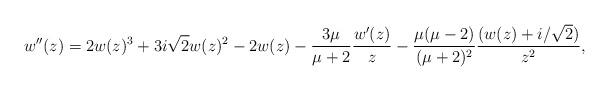
LaTeX: \begin{align*} w''(z)=2w(z)^3+3i\sqrt{2}w(z)^2-2w(z)-\frac{3\mu}{\mu+2}\frac{w'(z)}{z}-\frac{\mu(\mu-2)}{(\mu+2)^2}\frac{(w(z)+i/\sqrt{2})}{z^2}, \end{align*}